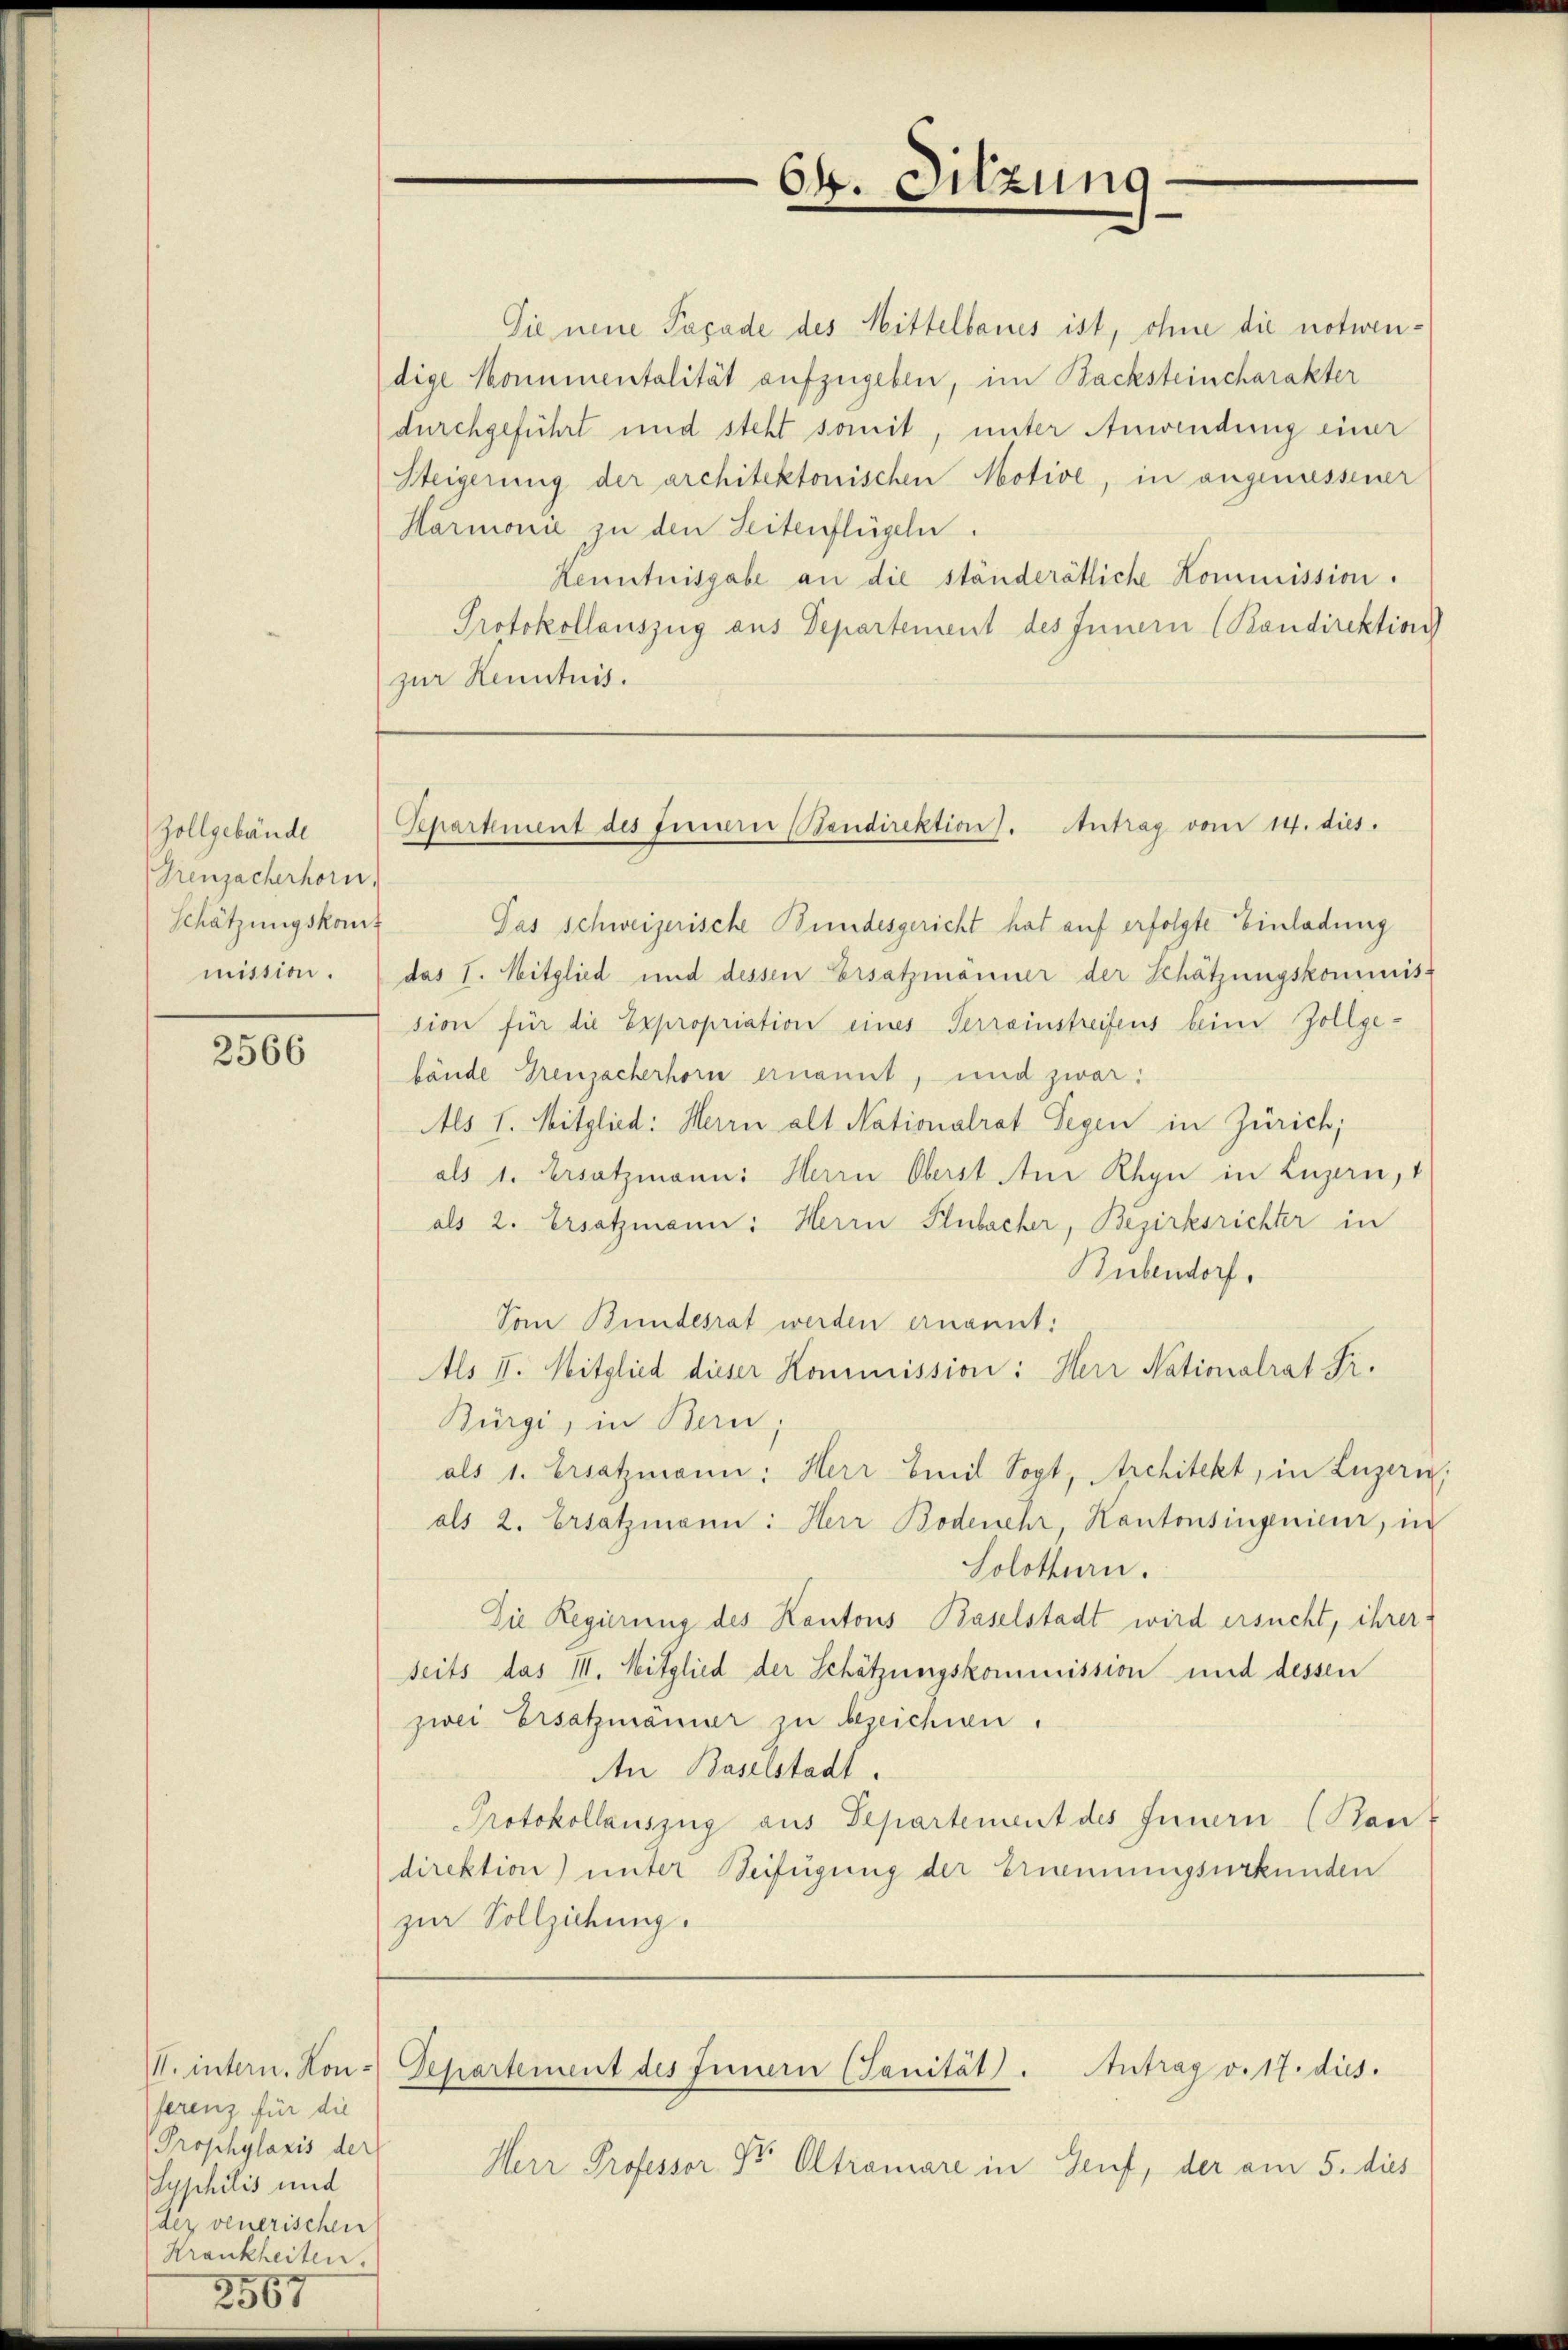
Zollgebäude
Greuzacherhorn,
mission.

2566

I. intern. Konferenz für die
Prophylaxis der
Syphilis und
der venerischen
Krankheiten.
.

567

64. Sitzung

Sie neue Papade des Mittelbaues ist, ohne die notwendige Monumentalität aufzugeben, im Backsteincharakter
durchgeführt und steht somit, unter Anwendung einer
Steigerung der architektonischen Motive, in angenossener
Harmonie zu den Seitenflügeln.
Kenntnisgabe an die ständerätliche Kommission.
Protokollauszug aus Departement des Innern (Kandirektion
zur Kenntnis.

Schätzungskomit Das schweizerische Bundesgericht hat auf erfolgte Einladung
das I. Mitglied und dessen Ersatzmänner der Schätzungskommiss
sion für die Expropriation eines Verreinstreifens beim Zollgebände Greuzacherhorn ernannt, und zwar:
Als I. Mitglied: Herrn alt Nationalrat Segen in Zürich;
als 1. Ersatzmann: Herrn Oberst An Rhyn in Luzern,
als 2. Ersatzmann: Herrn Flubacher, Bezirksrichter in
Rübendorf,
Vom Bundesrat werden ernannt:
AAls II. Mitglied dieser Kommission: Herr Nationalrat Fr.
Bürgi, in Bern,
als 1. Ersatzmann: Herr Emil Sopt, Architekt, in Luzern
als 2. Ersatzmann: Herr Bodenehr, Kantonsingenieur, in
Solothurn.
Die Regierung des Kantons Baselstadt wird ersucht, ihrer:
seits das III. Mitglied der Schätzungskommission und dessen
zwei Ersatzmänner zu bezeichnen.
An Baselstadt.
Protokollauszug aus Departement des Innern (Han
direktion) unter Beifügung der Ernennungsurkunden
zur Vollziehung.

Separtement des Einerer Bandirektion. Antrag vom 14. dies.

Departement des Innern (Sanität). Antrag v. 17. dies.

Herr Professor Dr Altramare in Genf, der am 5. dies